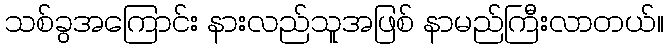
သစ်ခွအကြောင်း နားလည်သူအဖြစ် နာမည်ကြီးလာတယ်။